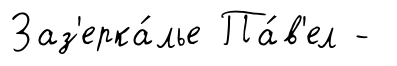
Заз'ерка́лье Па́в'ел -